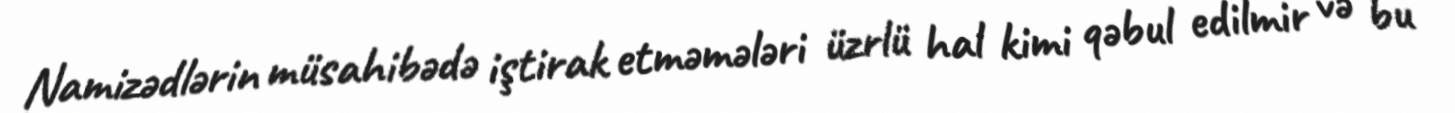
Namizədlərin müsahibədə iştirak etməmələri üzrlü hal kimi qəbul edilmir və bu